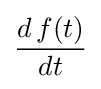
{\frac {d\,f(t)}{dt}}